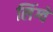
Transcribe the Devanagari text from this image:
लिंग्वे